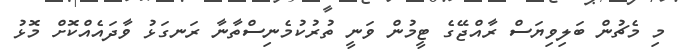
މި މެޗުން ބަލިވިޔަސް ރާއްޖޭގެ ޓީމުން ވަނީ ތުރުކުމެނިސްތާނާ ރަނގަޅު ވާދައެއްކޮށް މޮޅު